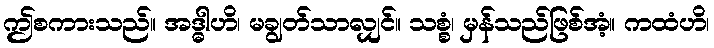
ဤစကားသည်။ အဒ္ဓါဟိ၊ မချွတ်သာလျှင်။ သစ္စံ၊ မှန်သည်ဖြစ်အံ့။ ကထံဟိ၊